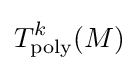
T_{\rm {poly}}^{k}(M)